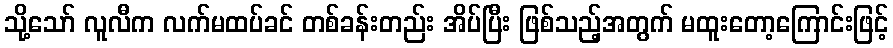
သို့သော် လူလီက လက်မထပ်ခင် တစ်ခန်းတည်း အိပ်ပြီး ဖြစ်သည့်အတွက် မထူးတော့ကြောင်းဖြင့်